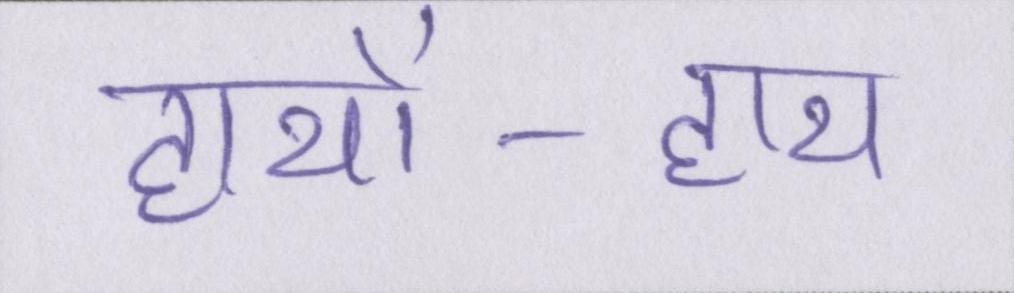
हाथों-हाथ